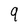
Character: 9